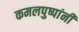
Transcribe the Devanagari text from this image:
कमलपुष्पांनी